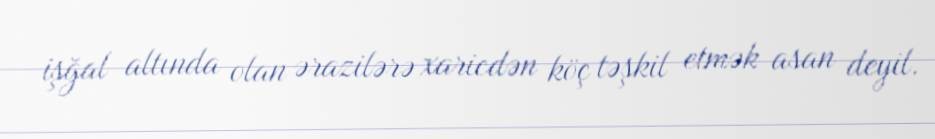
işğal altında olan ərazilərə xaricdən köç təşkil etmək asan deyil.